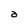
Character: a